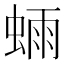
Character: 𫋃